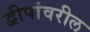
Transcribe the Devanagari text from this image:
द्वीपांवरील